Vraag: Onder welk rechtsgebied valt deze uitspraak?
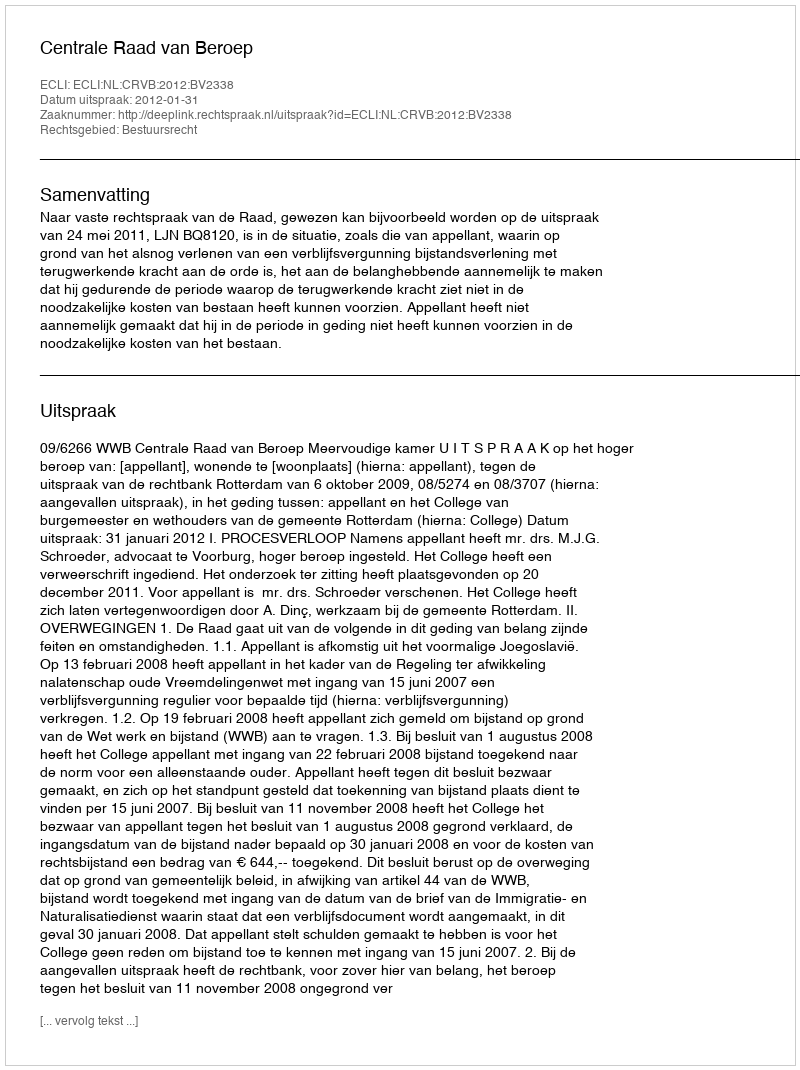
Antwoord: Bestuursrecht